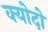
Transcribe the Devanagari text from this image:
क्योदो